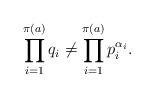
\begin{align*} \prod_{i = 1}^{\pi(a)} q_i \neq \prod_{i = 1}^{\pi(a)}p_i^{\alpha_i}. \end{align*}